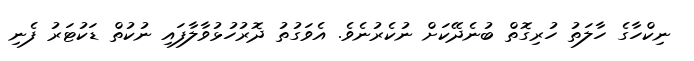
ނިކްހާގެ ހާލަތު ހުރިގޮތް ބުނެދޭކަށް ނުކެރުނެވެ. އެވަގުތު ދޮރުހުޅުވާލާފައި ނުކުތް ޑަކުޓަރު ފެނި